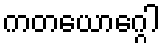
ကတယောဂ္ဂေါ